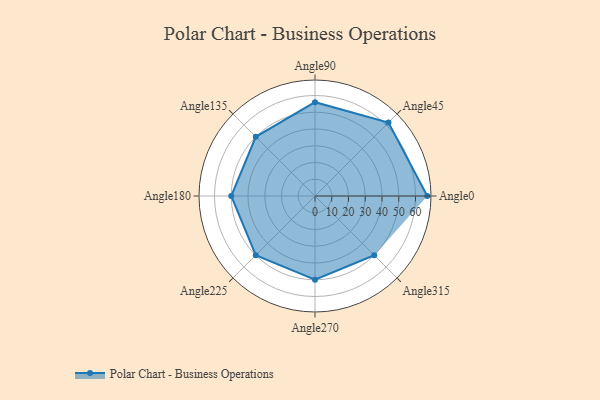
{"axis": {"x": "Angle", "y": "Radius"}, "legend": [""], "data": [{"x": "Angle0", "y": 67.0, "type": ""}, {"x": "Angle45", "y": 62.0, "type": ""}, {"x": "Angle90", "y": 56.0, "type": ""}, {"x": "Angle135", "y": 50, "type": ""}, {"x": "Angle180", "y": 50, "type": ""}, {"x": "Angle225", "y": 50, "type": ""}, {"x": "Angle270", "y": 50, "type": ""}, {"x": "Angle315", "y": 50, "type": ""}]}